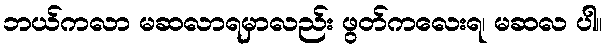
ဘယ်ကလာ မဆလာရမှာလည်း ဖွတ်ကလေးရ၊ မဆလ ပါ။